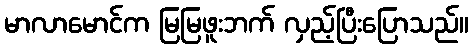
မာလာမောင်က မြမြဖူးဘက် လှည့်ပြီးပြောသည်။